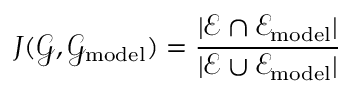
J ( \mathscr { G } , \mathscr { G } _ { \mathrm { m o d e l } } ) = \frac { \vert { \mathscr { E } } \cap { \mathscr { E } _ { \mathrm { m o d e l } } } \vert } { \vert { \mathscr { E } } \cup { \mathscr { E } } _ { \mathrm { m o d e l } } \vert }